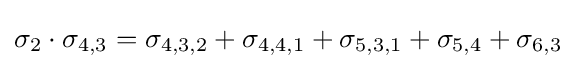
\sigma _{2}\cdot \sigma _{4,3}=\sigma _{4,3,2}+\sigma _{4,4,1}+\sigma _{5,3,1}+\sigma _{5,4}+\sigma _{6,3}